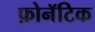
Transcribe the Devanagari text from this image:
फ़ोनॅटिक